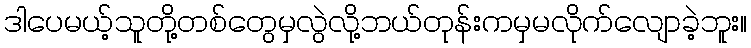
ဒါပေမယ့်သူတို့တစ်တွေမှလွဲလို့ဘယ်တုန်းကမှမလိုက်လျောခဲ့ဘူး။